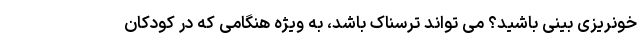
خونریزی بینی باشید؟ می تواند ترسناک باشد، به ویژه هنگامی که در کودکان